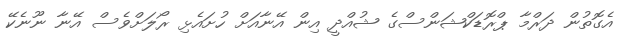
އެގޮތުން ދަރްމާ ޕްރޮޑަކްޝަންސްގެ ޝުއްދީ އިން އޭނާއަށް ހުށައެޅި ރޯލަށްވެސް އޭނާ ނޫނެކޭ